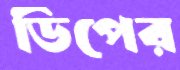
ডিপের